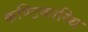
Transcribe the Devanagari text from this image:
कण्ठिकास्थि